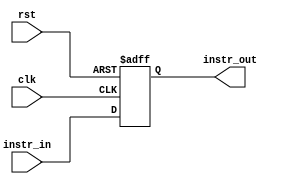
module ir(instr_in,clk,rst,instr_out);

  input [31:0] instr_in;
  input clk,rst;
  output reg [31:0] instr_out;

always@(posedge clk or posedge rst)
  if(rst) instr_out = 32'b0;
  else instr_out = instr_in;

endmodule